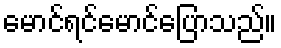
မောင်ရင်မောင်ပြောသည်။